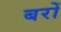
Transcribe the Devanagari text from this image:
बरों